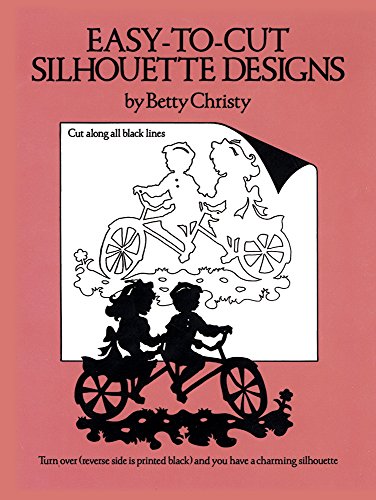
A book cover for Easy-to-Cut Silhouette Designs (Other Paper Crafts); Betty Christy; Teen & Young Adult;